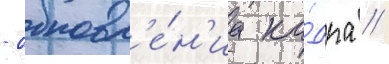
- обновл'е́н'иа ка́дра //